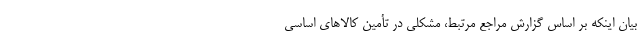
بیان اینکه بر اساس گزارش مراجع مرتبط، مشکلی در تأمین کالاهای اساسی